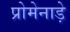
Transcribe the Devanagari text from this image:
प्रोमेनाड़े